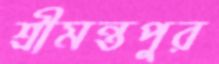
শ্রীমন্তপুর